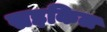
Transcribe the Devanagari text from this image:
सइकिल